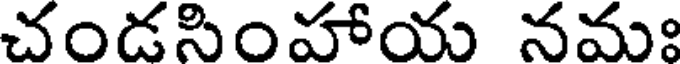
చండసింహాయ నమః